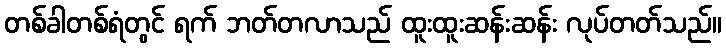
တစ်ခါတစ်ရံတွင် ရက် ဘတ်တလာသည် ထူးထူးဆန်းဆန်း လုပ်တတ်သည်။